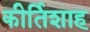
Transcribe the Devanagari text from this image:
कीर्तिशाह